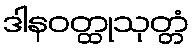
ဒါနဝတ္ထုသုတ္တံ